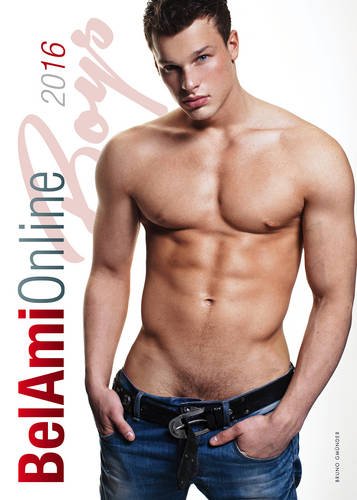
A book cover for Online Boys Calendar; Calendars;